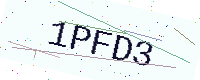
Text: 1PFD3